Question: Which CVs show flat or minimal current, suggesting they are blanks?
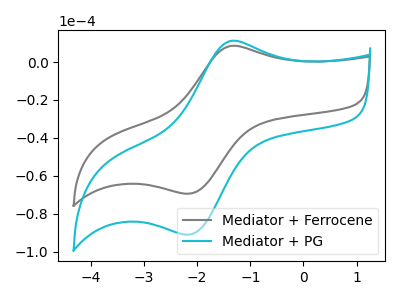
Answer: <think>The gray curve "Mediator + Ferrocene" has an anodic peak at (-1.40V, 8.40uA) and a cathodic peak at (-2.20V, -69.45uA). The cyan curve "Mediator + PG" has an anodic peak at (-1.40V, 11.05uA) and a cathodic peak at (-2.20V, -91.05uA).</think>
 <answer>There are not any CV's on this graph that are likely to be blanks.</answer>
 <eval>none</eval>